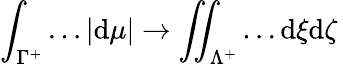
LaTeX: \int_{\Gamma^{+}}\dots|\mathrm{d}\mu|\to\iint_{\Lambda^{+}}\dots\mathrm{d}\xi\mathrm{d}\zeta\,